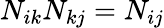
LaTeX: N_{ik}N_{kj}=N_{ij}